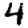
Digit: 4